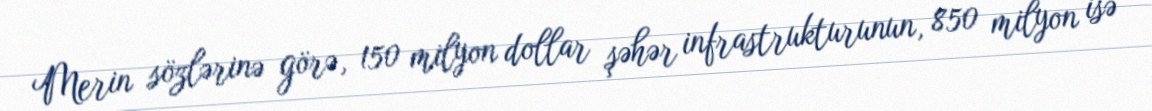
Merin sözlərinə görə, 150 milyon dollar şəhər infrastrukturunun, 850 milyon isə